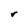
Character: r